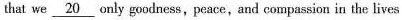
that we \underline{20} only goodness,peace,and compassion in the lives